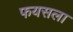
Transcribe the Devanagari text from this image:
फयसला